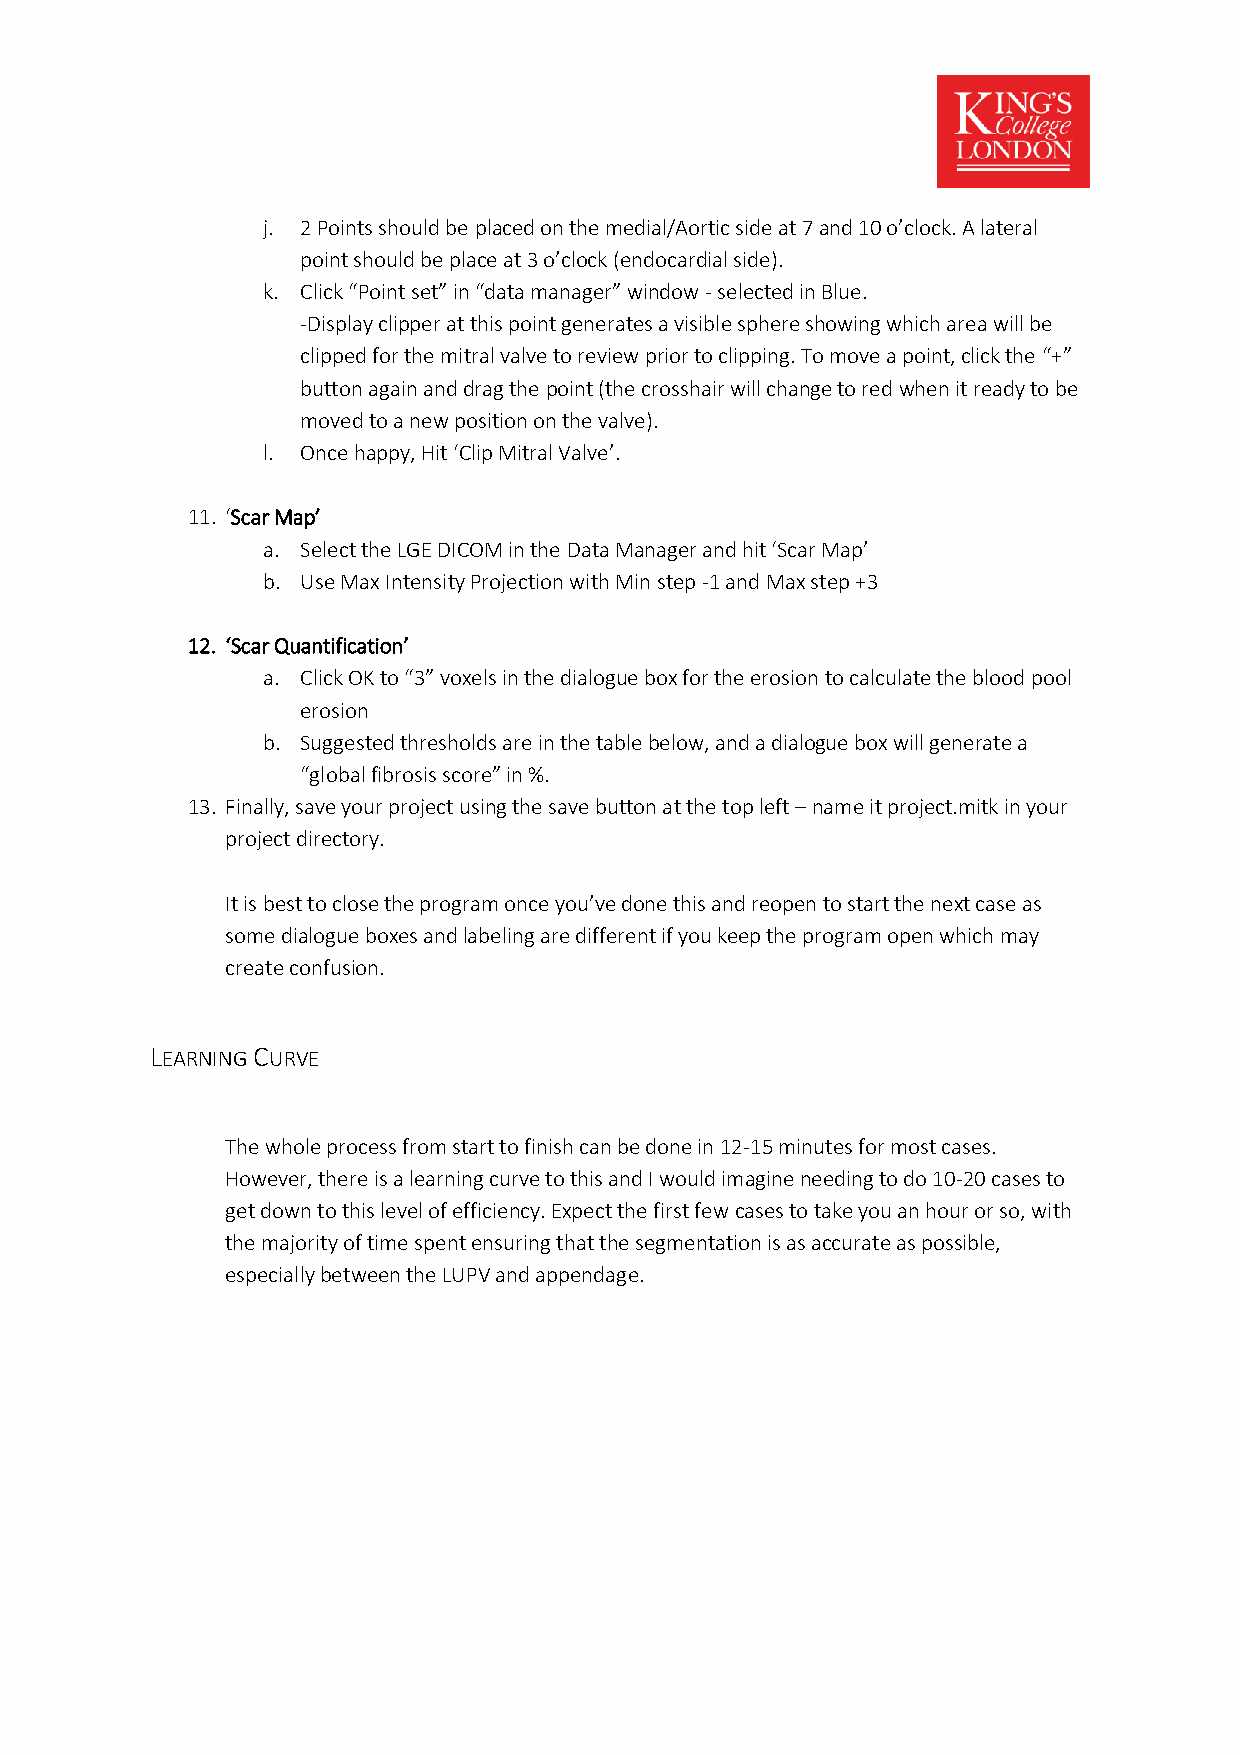
j. 2 Points should be placed on the medial/Aortic side at 7 and 10 o’clock. A lateral
 point should be place at 3 o’clock (endocardial side).
 k. Click “Point set” in “data manager” window - selected in Blue.
 -Display clipper at this point generates a visible sphere showing which area will be
 clipped for the mitral valve to review prior to clipping. To move a point, click the “+”
 button again and drag the point (the crosshair will change to red when it ready to be
 moved to a new position on the valve).
 l. Once happy, Hit ‘Clip Mitral Valve’.
 11. ‘Scar Map’
 a. Select the LGE DICOM in the Data Manager and hit ‘Scar Map’
 b. Use Max Intensity Projection with Min step -1 and Max step +3
 12. ‘Scar Quantification’
 a. Click OK to “3” voxels in the dialogue box for the erosion to calculate the blood pool
 erosion
 b. Suggested thresholds are in the table below, and a dialogue box will generate a
 “global fibrosis score” in %.
 13. Finally, save your project using the save button at the top left – name it project.mitk in your
 project directory.
 It is best to close the program once you’ve done this and reopen to start the next case as
 some dialogue boxes and labeling are different if you keep the program open which may
 create confusion.
 LEARNING CURVE
 The whole process from start to finish can be done in 12-15 minutes for most cases.
 However, there is a learning curve to this and I would imagine needing to do 10-20 cases to
 get down to this level of efficiency. Expect the first few cases to take you an hour or so, with
 the majority of time spent ensuring that the segmentation is as accurate as possible,
 especially between the LUPV and appendage.